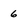
Character: 6